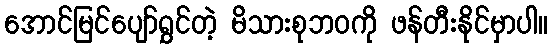
အောင်မြင်ပျော်ရွှင်တဲ့ မိသားစုဘဝကို ဖန်တီးနိုင်မှာပါ။